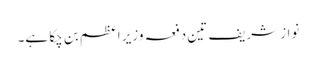
نواز شریف تین دفعہ وزیر اعظم بن چکا ہے۔